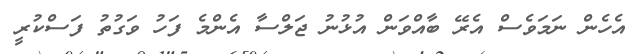
އެހެން ނަމަވެސް އެރޭ ބާއްވަން އުޅުނު ޖަލްސާ އެންމެ ފަހު ވަގުތު ފަސްކުރީ